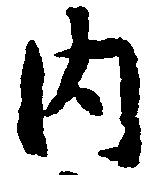
内